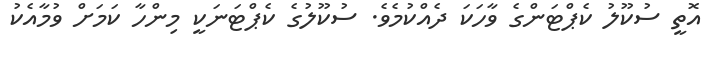
އޮތީ ސުކޫލު ކެޕްޓަންގެ ވާހަކަ ދެއްކުމެވެ. ސުކޫލުގެ ކެޕްޓަނަކީ މިންހާ ކަމަށް ވުމާއެކު